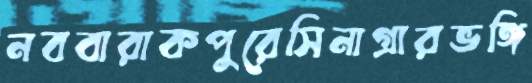
নববারাকপুরেসিনাগ্রারভঙ্গি